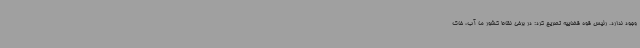
وجود ندارد. رئیس قوه قضاییه تصریح کرد: در برخی نقاط کشور ما آب، خاک